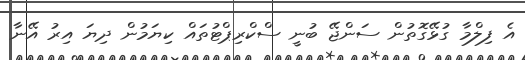
އެ ފިލްމާ ގުޅޭގޮތުން ސަންޖޭ ބުނީ ސްކްރިޕްޓުތައް ކިޔަމުން ދިޔަ އިރު އޭނާ